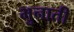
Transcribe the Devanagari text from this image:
भुनाती